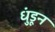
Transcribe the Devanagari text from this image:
धुंडून